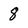
Character: 8